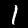
Digit: 1